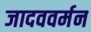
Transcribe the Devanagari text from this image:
जादववर्मन